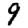
Digit: 9